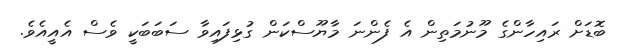
ބޮޑަށް ރައިހާންގެ މޫނުމަތިން އެ ފެންނަ މާޔޫސްކަން ގުޅިފައިވާ ސަބަބަކީ ވެސް އެއީއެވެ.